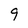
Character: 9